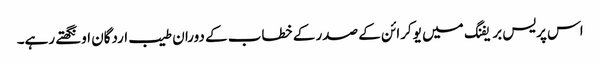
اس پریس بریفنگ میں یوکرائن کے صدر کے خطاب کے دوران طیب اردگان اونگھتے رہے۔